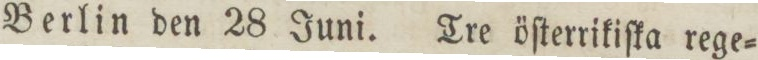
Berlin den 28 Juni. Tre öſterrikiſka rege=